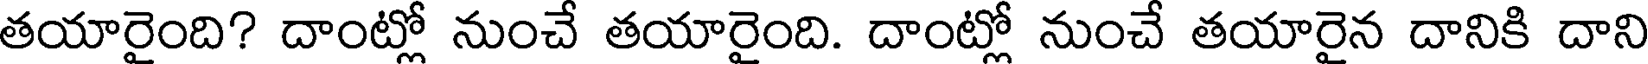
తయారైంది? దాంట్లో నుంచే తయారైంది. దాంట్లో నుంచే తయారైన దానికి దాని